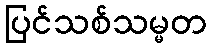
ပြင်သစ်သမ္မတ